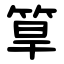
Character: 筸